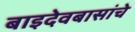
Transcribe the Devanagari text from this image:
बाइदेवबासांचे